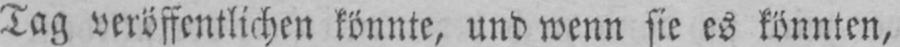
Tag veröffentlichen könnte, und wenn sie es könnten,